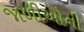
જાળીઓની